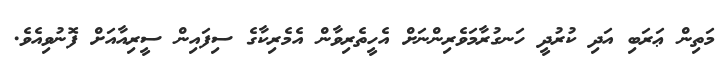
މަތިން ޢަރަބި އަދި ކުރުދީ ހަނގުރާމަވެރިންނަށް އެހީތެރިވާން އެމެރިކާގެ ސިފައިން ސީރިއާއަށް ފޮނުވިއެވެ.